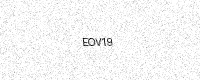
Text: EOV19